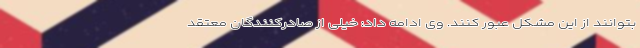
بتوانند از این مشکل عبور کنند. وی ادامه داد: خیلی از صادرکنندگان معتقد